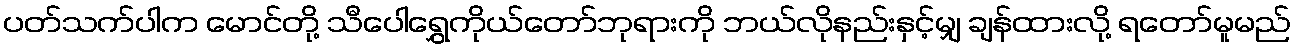
ပတ်သက်ပါက မောင်တို့ သီပေါရွှေကိုယ်တော်ဘုရားကို ဘယ်လိုနည်းနှင့်မျှ ချန်ထားလို့ ရတော်မူမည်